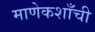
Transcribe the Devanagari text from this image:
माणेकशाँची